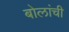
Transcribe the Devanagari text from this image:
बोलांची